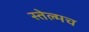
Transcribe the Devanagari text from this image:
स्तेल्मच